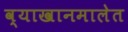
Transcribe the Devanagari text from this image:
व्याखानमालेत